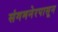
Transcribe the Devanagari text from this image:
संगमनेरपासून